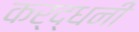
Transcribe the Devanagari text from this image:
कर्द्धनी